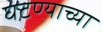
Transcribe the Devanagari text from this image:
घटण्याच्या